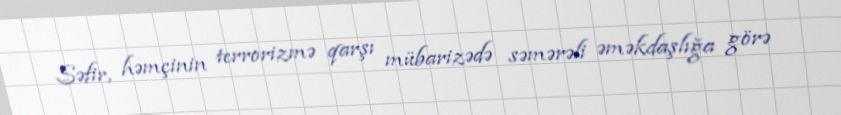
Səfir, həmçinin terrorizmə qarşı mübarizədə səmərəli əməkdaşlığa görə